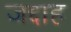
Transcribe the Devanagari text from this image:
जद्दाह